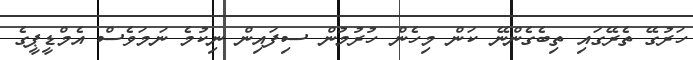
ހަރުގޭ ތެރޭގައި ތިބެގެންނޭ ކަން މިހެން ހުރުމުން ސިފައިން ނިކުމެ ނަމަވެސް އެމްޑީޕީގެ